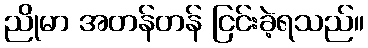
ညိုမာ အတန်တန် ငြင်းခဲ့ရသည်။